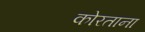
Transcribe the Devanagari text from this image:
कोरताना